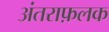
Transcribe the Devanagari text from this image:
अंतराफ़लक